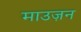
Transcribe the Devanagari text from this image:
माउज़न